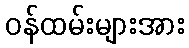
ဝန်ထမ်းများအား